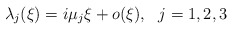
\begin{align*}\lambda_j(\xi)=i\mu_j\xi+o(\xi),~~j=1,2,3\end{align*}